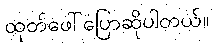
ထုတ်ဖေါ်ပြောဆိုပါတယ်။